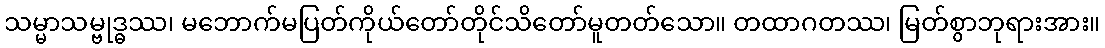
သမ္မာသမ္ဗုဒ္ဓဿ၊ မဘောက်မပြတ်ကိုယ်တော်တိုင်သိတော်မူတတ်သော။ တထာဂတဿ၊ မြတ်စွာဘုရားအား။